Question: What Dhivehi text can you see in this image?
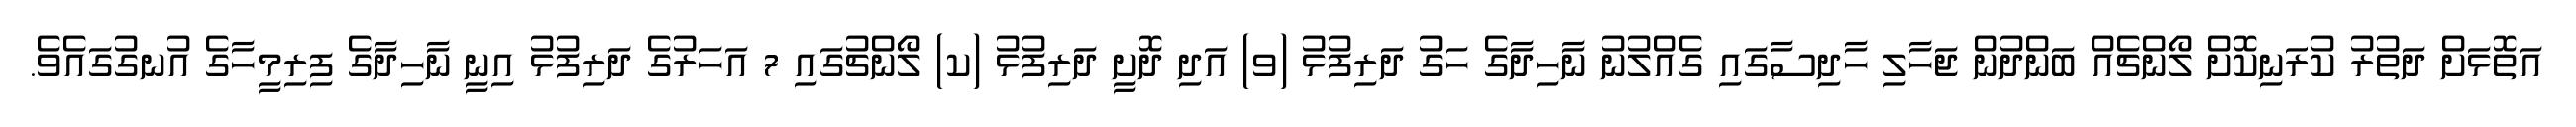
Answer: އަތޮޅަށް ދަތުރު ކުރަނިކޮށް ލޯންޗެއް ބަންދުން ޖަހާލި ހާދިސާގައި ގެއްލުނު ނާހިދާގެ ހަގު ދަރިފުޅު (ވ) އަދި ދޮށީ ދަރިފުޅު (ކ) ލޯންޗުގައި 7 އަހަރުގެ ދަރިފުޅު އިނީ ނާހިދާގެ ފިރިމީހާގެ އުނގުގައެވެ.